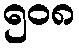
၅၀၈